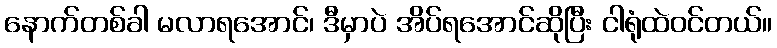
နောက်တစ်ခါ မလာရအောင်၊ ဒီမှာပဲ အိပ်ရအောင်ဆိုပြီး ငါရုံထဲဝင်တယ်။